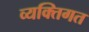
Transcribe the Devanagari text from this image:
व्यक्‍तिगत